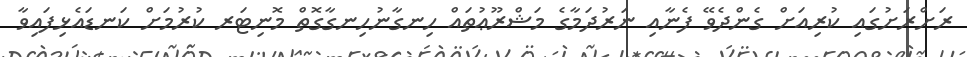
ރަށްރަށުގައި ކުރިއަށް ގެންދެވޭ ފެނާއި ނަރުދަމާގެ މަޝްރޫޢުތައް ހިނގާނުހިނގާގޮތް މޮނިޓަރ ކުރުމަށް ކަނޑައެޅިފައިވާ